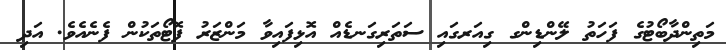
މަތިންދާބޯޓުގެ ފަހަތު ލޭންޑިންގ ގިއަރގައި ސަތަރިގަނޑެއް އޮޅިފައިވާ މަންޒަރު ފޮޓޯތަކުން ފެނެއެވެ. އަދި